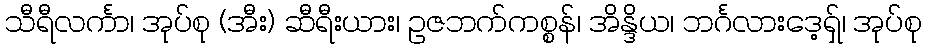
သီရီလင်္ကာ၊ အုပ်စု (အီး) ဆီရီးယား၊ ဥဇဘက်ကစ္စန်၊ အိန္ဒိယ၊ ဘင်္ဂလားဒေ့ရှ်၊ အုပ်စု